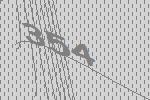
354